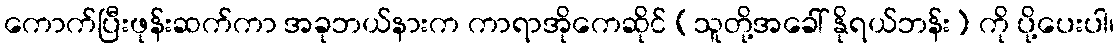
ကောက်ပြီးဖုန်းဆက်ကာ အခုဘယ်နားက ကာရာအိုကေဆိုင် (သူတို့အခေါ် နိုရယ်ဘန်း) ကို ပို့ပေးပါ၊